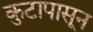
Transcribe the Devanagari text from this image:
कुटापासून